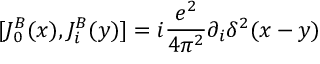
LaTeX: [ J _ { 0 } ^ { B } ( x ) , J _ { i } ^ { B } ( y ) ] = i { \frac { e ^ { 2 } } { 4 \pi ^ { 2 } } } \partial _ { i } \delta ^ { 2 } ( x - y )